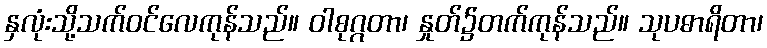
နှလုံးသို့သက်ဝင်လေကုန်သည်။ ဝါစုဂ္ဂတာ၊ နှုတ်၌တက်ကုန်သည်။ သုပဓာရိတာ၊